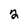
Character: 2